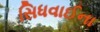
સિધવાઈના